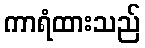
ကာရံထားသည်